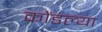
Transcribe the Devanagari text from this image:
कोंडल्या